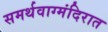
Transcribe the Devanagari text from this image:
समर्थवाग्मंदिरात